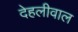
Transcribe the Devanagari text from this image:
देहलीवाल